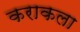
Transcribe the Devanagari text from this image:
कराकला